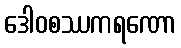
ဒေါဝစဿကရဏော